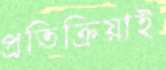
প্রতিক্রিয়াই